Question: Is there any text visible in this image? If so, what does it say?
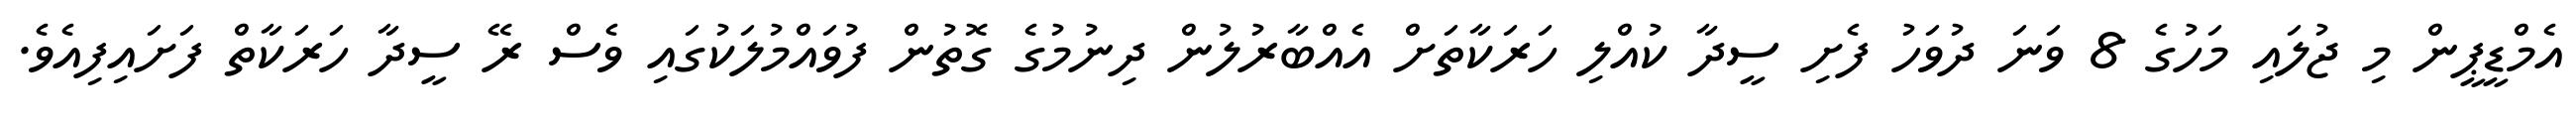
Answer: އެމްޑީޕީން މި ޖުލައި މަހުގެ 8 ވަނަ ދުވަހު ފެށި ސީދާ ކުއްލި ހަރަކާތަށް އެއްބާރުލުން ދިނުމުގެ ގޮތުން ފުވައްމުލަކުގައި ވެސް ރޭ ސީދާ ހަރަކާތް ފަށައިފިއެވެ.